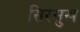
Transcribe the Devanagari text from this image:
सिरसुख